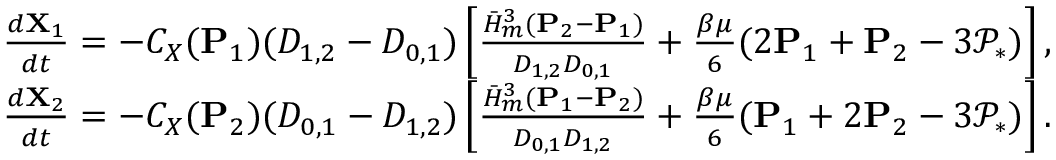
\begin{array} { r } { \frac { d \mathbf { X } _ { 1 } } { d t } = - C _ { X } ( \mathbf { P } _ { 1 } ) ( D _ { 1 , 2 } - D _ { 0 , 1 } ) \left[ { \frac { \bar { H } _ { m } ^ { 3 } ( \mathbf { P } _ { 2 } - \mathbf { P } _ { 1 } ) } { D _ { 1 , 2 } D _ { 0 , 1 } } } + { \frac { \beta \mu } { 6 } } ( 2 \mathbf { P } _ { 1 } + \mathbf { P } _ { 2 } - 3 \mathcal { P } _ { * } ) \right] , } \\ { \frac { d \mathbf { X } _ { 2 } } { d t } = - C _ { X } ( \mathbf { P } _ { 2 } ) ( D _ { 0 , 1 } - D _ { 1 , 2 } ) \left[ { \frac { \bar { H } _ { m } ^ { 3 } ( \mathbf { P } _ { 1 } - \mathbf { P } _ { 2 } ) } { D _ { 0 , 1 } D _ { 1 , 2 } } } + { \frac { \beta \mu } { 6 } } ( \mathbf { P } _ { 1 } + 2 \mathbf { P } _ { 2 } - 3 \mathcal { P } _ { * } ) \right] . } \end{array}